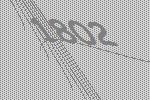
1802